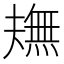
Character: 𤏠